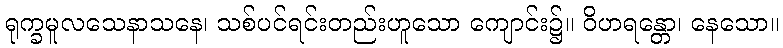
ရုက္ခမူလသေနာသနေ၊ သစ်ပင်ရင်းတည်းဟူသော ကျောင်း၌။ ဝိဟရန္တော၊ နေသော။